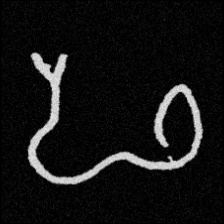
Pyu character \u2014 Myanmar letter: ဖ (romanized: pha)